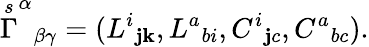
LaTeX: \stackrel{s}{\Gamma}^{\alpha}{}_{\beta\gamma}=(L^{i}{}_{\mathbf{j}\mathbf{k}},L^{a}{}_{bi},C^{i}{}_{\mathbf{j}c},C^{a}{}_{bc}).